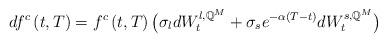
LaTeX: \begin{align*}df^c\left(t,T\right) = f^c\left(t,T\right)\big(\sigma_l dW_t^{l,\mathbb{Q}^M} + \sigma_s e^{-\alpha\left(T-t\right)}dW_t^{s,\mathbb{Q}^M} \big)\end{align*}